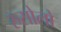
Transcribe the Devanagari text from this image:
रुसोलो